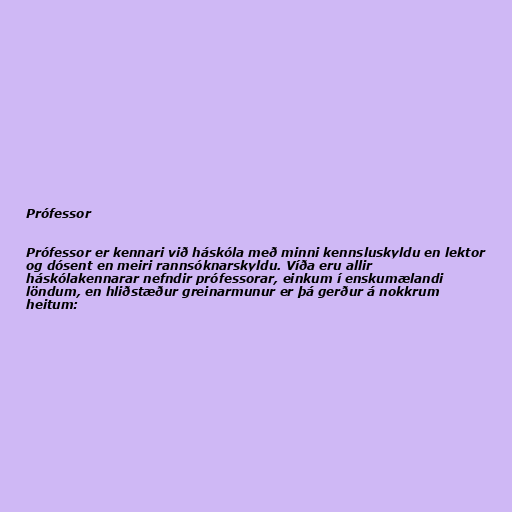
Prófessor

Prófessor er kennari við háskóla með minni kennsluskyldu en lektor
og dósent en meiri rannsóknarskyldu. Víða eru allir
háskólakennarar nefndir prófessorar, einkum í enskumælandi
löndum, en hliðstæður greinarmunur er þá gerður á nokkrum
heitum: